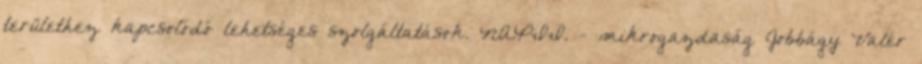
területhez kapcsolódó lehetséges szolgáltatások. NAPII. - mikrogazdaság Jobbágy Valér